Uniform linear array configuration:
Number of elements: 12
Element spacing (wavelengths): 0.75
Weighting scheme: exponential
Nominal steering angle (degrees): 30
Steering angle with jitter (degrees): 30.863
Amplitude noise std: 0.05
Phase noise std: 0.05

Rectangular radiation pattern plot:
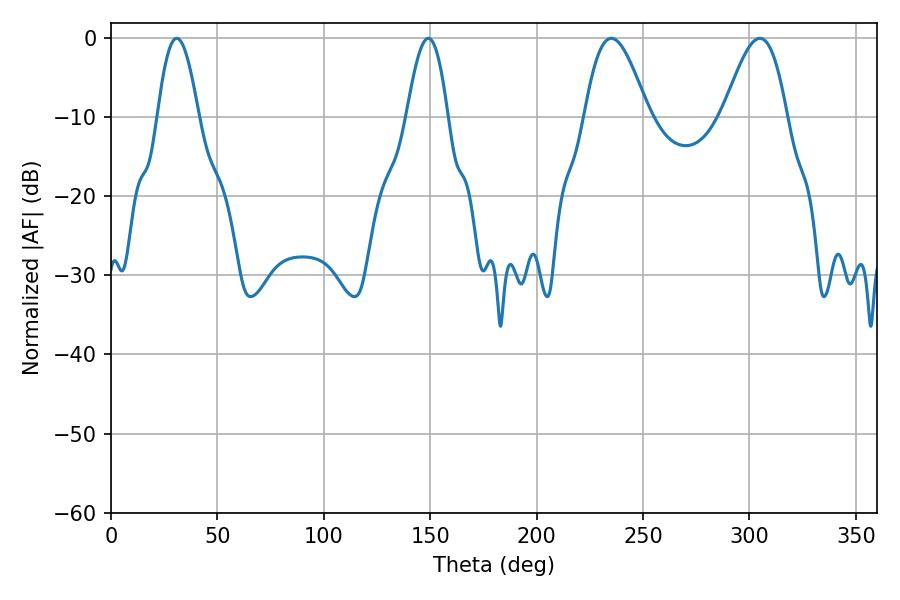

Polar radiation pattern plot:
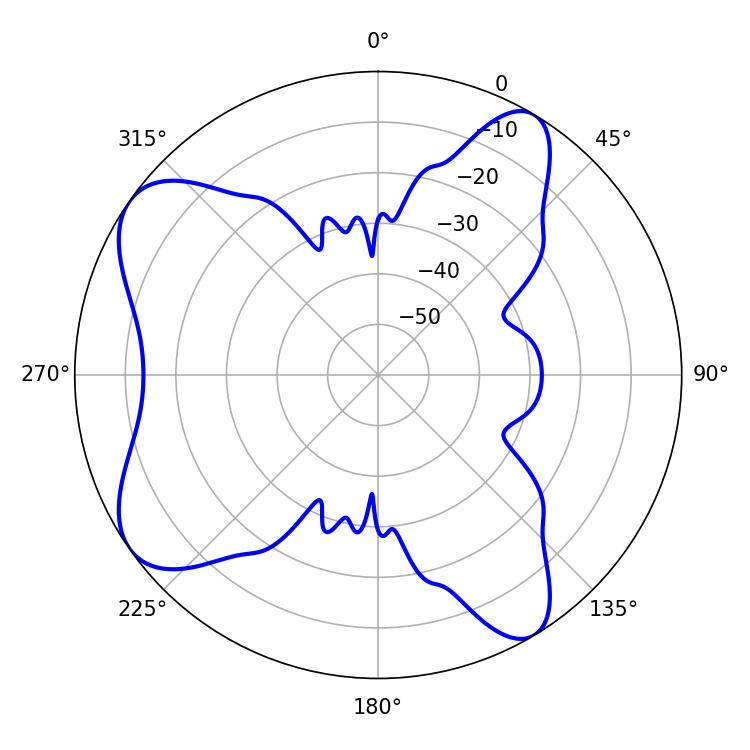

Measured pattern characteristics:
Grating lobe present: TRUE
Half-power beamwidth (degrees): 16.02
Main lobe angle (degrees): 235.08